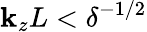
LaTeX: \mathbf{k}_{z}L<\delta^{-1/2}